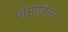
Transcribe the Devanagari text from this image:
गौमोक्सिन